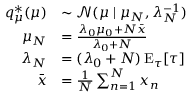
{ \begin{array} { r l } { q _ { \mu } ^ { * } ( \mu ) } & { \sim { \mathcal { N } } ( \mu \mid \mu _ { N } , \lambda _ { N } ^ { - 1 } ) } \\ { \mu _ { N } } & { = { \frac { \lambda _ { 0 } \mu _ { 0 } + N { \bar { x } } } { \lambda _ { 0 } + N } } } \\ { \lambda _ { N } } & { = ( \lambda _ { 0 } + N ) \operatorname { E } _ { \tau } [ \tau ] } \\ { { \bar { x } } } & { = { \frac { 1 } { N } } \sum _ { n = 1 } ^ { N } x _ { n } } \end{array} }